Report of an investigation of the epidemic of malarial fever in Assam, or, kala-azar
Disease focus: Malaria
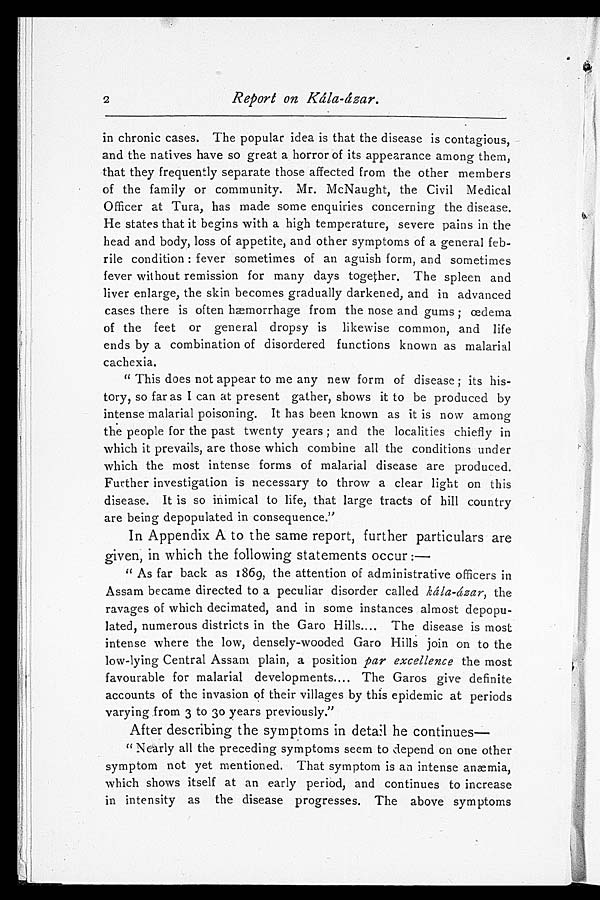
2
Report on Kála-ázar.
in chronic cases. The popular idea is that the disease is contagious,
and the natives have so great a horror of its appearance among them,
that they frequently separate those affected from the other members
of the family or community. Mr. McNaught, the Civil Medical
Officer at Tura, has made some enquiries concerning the disease.
He states that it begins with a high temperature, severe pains in the
head and body, loss of appetite, and other symptoms of a general feb-
rile condition: fever sometimes of an aguish form, and sometimes
fever without remission for many days together. The spleen and
liver enlarge, the skin becomes gradually darkened, and in advanced
cases there is often hæmorrhage from the nose and gums; œdema
of the feet or general dropsy is likewise common, and life
ends by a combination of disordered functions known as malarial
cachexia.
" This does not appear to me any new form of disease; its his-
tory, so far as I can at present gather, shows it to be produced by
intense malarial poisoning. It has been known as it is now among
the people for the past twenty years; and the localities chiefly in
which it prevails, are those which combine all the conditions under
which the most intense forms of malarial disease are produced.
Further investigation is necessary to throw a clear light on this
disease. It is so inimical to life, that large tracts of hill country
are being depopulated in consequence."
In Appendix A to the same report, further particulars are
given, in which the following statements occur:—
" As far back as 1869, the attention of administrative officers in
Assam became directed to a peculiar disorder called kála-ázar, the
ravages of which decimated, and in some instances almost depopu-
lated, numerous districts in the Garo Hills.... The disease is most
intense where the low, densely-wooded Garo Hills join on to the
low-lying Central Assam plain, a position par excellence the most
favourable for malarial developments.... The Garos give definite
accounts of the invasion of their villages by this epidemic at periods
varying from 3 to 30 years previously."
After describing the symptoms in detail he continues
—
" Nearly all the preceding symptoms seem to depend on one other
symptom not yet mentioned. That symptom is an intense anæmia,
which shows itself at an early period, and continues to increase
in intensity as the disease progresses. The above symptoms